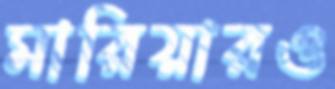
মারিয়ারও